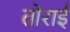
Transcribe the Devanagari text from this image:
तोराई